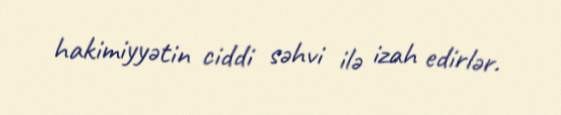
hakimiyyətin ciddi səhvi ilə izah edirlər.